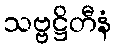
သဗ္ဗဋ္ဌိတီနံ